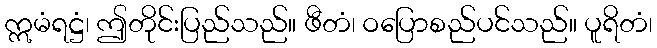
ဣမံရဋ္ဌံ၊ ဤတိုင်းပြည်သည်။ ဖီတံ၊ ဝပြောစည်ပင်သည်။ ပူရိတံ၊